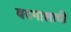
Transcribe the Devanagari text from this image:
बदमाशाची